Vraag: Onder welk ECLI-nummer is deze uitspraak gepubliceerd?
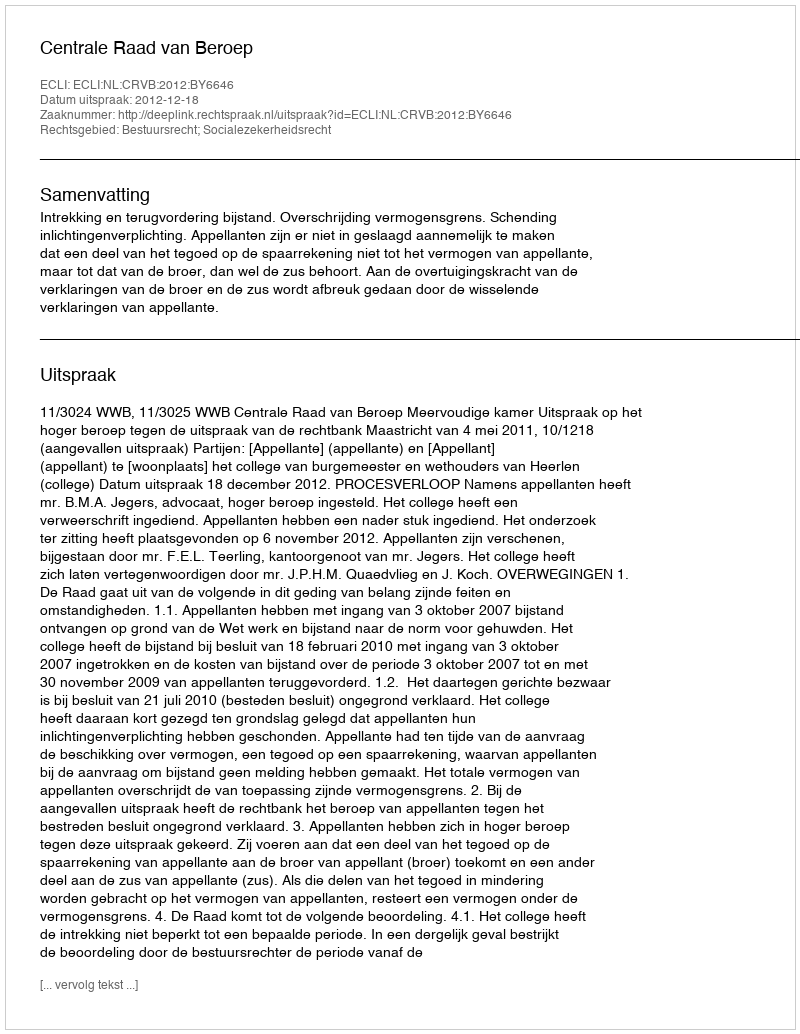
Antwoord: ECLI:NL:CRVB:2012:BY6646